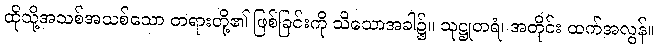
ထိုသို့အသစ်အသစ်သော တရားတို့၏ ဖြစ်ခြင်းကို သိသောအခါ၌။ သုဋ္ဌုတရံ၊ အတိုင်း ထက်အလွန်။